Insane asylums in Bengal annual reports 1876-1887 - 1876-1887
Year: 1876
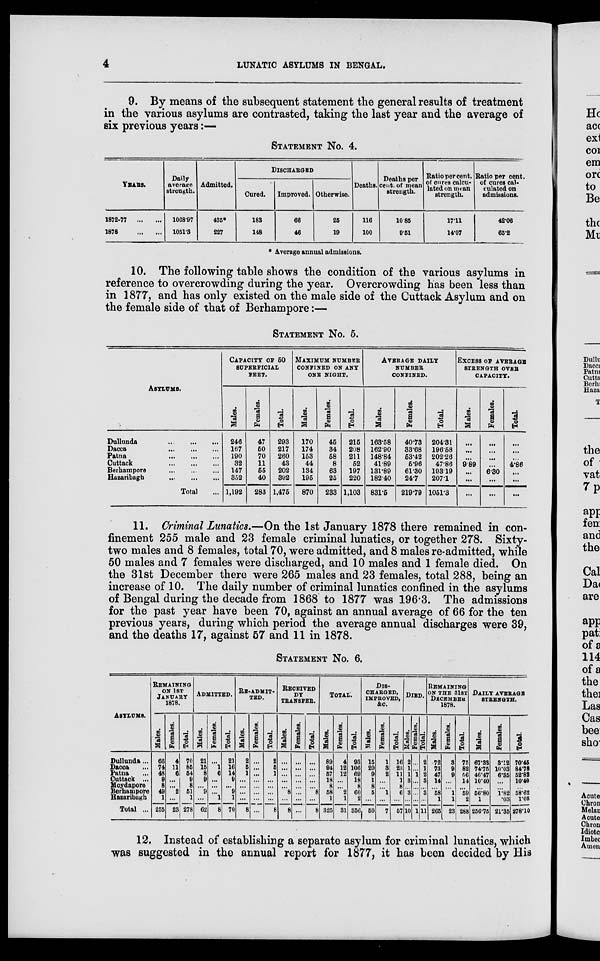
4
LUNATIC ASYLUMS IN BENGAL.
9. By means of the subsequent statement the general results of treatment
in the various asylums are contrasted, taking the last year and the average of
six previous years :—
STATEMENT No. 4.
YEARS.
1872-77
...
...
1878
...
...
Daily
average
strength.
1068.97
1051.3
Admitted.
435*
227
DISCHARGED
Cured.
183
148
Improved.
66
46
Otherwise.
25
19
Deaths.
116
100
Deaths per
cent. of mean
strength.
10.85
9.51
Ratio per cent.
of cures calcu-
lated on mean
strength.
17.11
14.07
Ratio per cent.
of cures cal-
culated on
admissions.
42.06
65.2
* Average annual admissions.
10. The following table shows the condition of the various asylums in
reference to overcrowding during the year. Overcrowding has been less than
in 1877, and has only existed on the male side of the Cuttack Asylum and on
the female side of that of Berhampore:—
STATEMENT NO. 5.
ASYLUMS.
Dullunda
...
...
...
Dacca
...
...
...
Patna
...
...
...
Cuttack
...
...
...
Berhampore
...
...
...
Hazaribagh
...
...
...
Total ...
CAPACITY OF 50
SUPERFICIAL
FEET.
Males.
246
167
190
32
147
352
1,192
Females.
47
60
70
11
55
40
283
Total.
293
217
260
43
202
392
1,475
MAXIMUM NUMBER
CONFINED ON ANY
ONE NIGHT.
Males.
170
174
153
44
134
195
870
Females.
45
34
58
8
63
25
233
Total.
215
208
211
52
197
220
1,103
AVERAGE DAILY
NUMBER
CONFINED.
Males.
163.58
162.90
148.84
41.89
131.89
182.40
831.5
Females.
40.73
33.68
53.42
5.96
61.30
24.7
219.79
Total.
204.31
196.58
202.26
47.86
193.19
207.1
1051.3
EXCESS OF AVERAGE
STRENGTH OVER
CAPACITY.
Males.
...
...
...
9.89
...
...
...
Females.
...
...
...
...
6.30
...
...
Total.
...
...
...
4.86
...
...
...
11. Criminal Lunatics.—On the 1st January 1878 there remained in con-
finement 255 male and 23 female criminal lunatics, or together 278. Sixty-
two males and 8 females, total 70, were admitted, and 8 males re-admitted, while
50 males and 7 females were discharged, and 10 males and 1 female died. On
the 31st December there were 265 males and 23 females, total 288, being an
increase of 10. The daily number of criminal lunatics confined in the asylums
of Bengal during the decade from 1868 to 1877 was 196.3. The admissions
for the past year have been 70, against an annual average of 66 for the ten
previous years, during which period the average annual discharges were 39,
and the deaths 17, against 57 and 11 in 1878.
STATEMENT No. 6.
ASYLUMS.
Dullunda...
Dacca ...
Patna ...
Cuttack ...
Moydapore
Berhampore
Hazaribagh
Total ...
REMAINING
ON 1ST
JANUARY
1878.
Males.
66
74
48
9
8
49
1
255
Females.
4
11
6
...
...
2
...
23
Total.
70
85
54
9
8
51
1
278
ADMITTED.
Males.
21
15
8
9
...
9
...
62
Females.
...
1
6
...
...
...
1
8
Total.
21
16
14
9
...
9
1
70
RE-ADMIT-
TED.
Males.
2
5
1
...
...
...
...
8
Females.
...
...
...
...
...
...
...
...
Total.
2
5
1
...
...
...
...
8
RECEIVED
BY
TRANSFER.
Males.
...
...
...
...
...
8
...
8
Females.
...
...
...
...
...
...
...
...
Total.
...
...
...
...
...
8
...
8
TOTAL.
Males.
89
94
57
18
8
58
1
325
Females.
4
12
12
...
...
2
1
31
Total.
93
106
69
18
8
60
2
356
DIS-
CHARGED,
IMPROVED,
&C.
Males.
15
20
9
1
8
5
...
50
Females.
1
3
2
...
...
1
...
7
Total.
16
23
11
1
8
6
...
57
DIED.
Males.
2
1
1
3
...
3
...
10
Females.
...
...
1
...
...
...
...
1
Total.
2
1
2
3
...
3
...
11
REMAINING
ON THE 31ST
DECEMBER
1878.
Males.
72
73
47
14
...
58
1
265
Females.
3
9
9
...
...
1
1
23
Total.
75
82
56
14
...
59
2
288
DAILY AVERAGE
STRENGTH.
Males.
67.33
74.75
46.47
10.40
...
56.80
1
256.75
Females.
3.12
10.03
6.35
...
...
1.82
.03
21.35
Total.
70.45
84.78
52.82
10.40
...
58.62
1.08
278.10
12. Instead of establishing a separate asylum for criminal lunatics, which
was suggested in the annual report for 1877, it has been decided by His